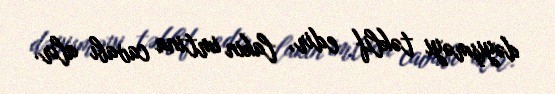
dəyişməyi təklif edir, lakin imtina cavabı alır.